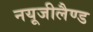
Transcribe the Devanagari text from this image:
नयूजीलैण्ड